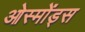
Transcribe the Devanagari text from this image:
ओस्मोंड्स